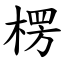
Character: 楞